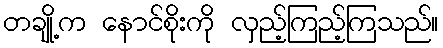
တချို့က နောင်စိုးကို လှည့်ကြည့်ကြသည်။